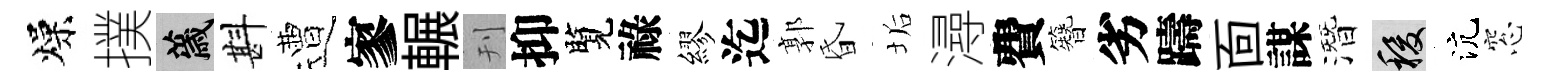
燥撲薉斟遭寥輾刊抑覽祿繆迄郭昏垢潯費簪劣躊靣謀潛稷沆窓